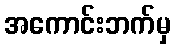
အကောင်းဘက်မှ